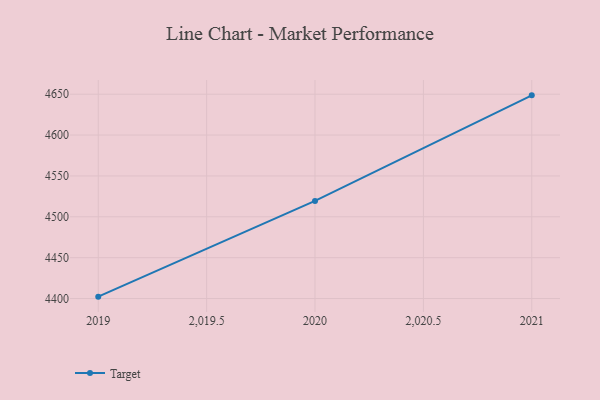
{"axis": {"x": "Year", "y": "Headcount"}, "legend": ["Target"], "data": [{"x": "2021", "y": 4648.6, "type": "Target"}, {"x": "2020", "y": 4519.4, "type": "Target"}, {"x": "2019", "y": 4402.3, "type": "Target"}]}